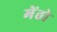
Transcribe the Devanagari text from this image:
मेंतो